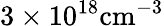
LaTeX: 3\times 10^{18}\mathrm{cm^{-3}}